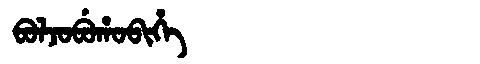
Manchu: ᠪᠣᠯᠵᠣᠪᡠᡥᠣᠪᡳᡥᡝ
Romanization: BOLJOBUHOBIHE